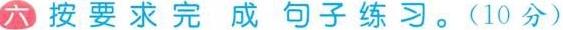
六 按 要 求 完 成 句 子 练 习。( 10分 )